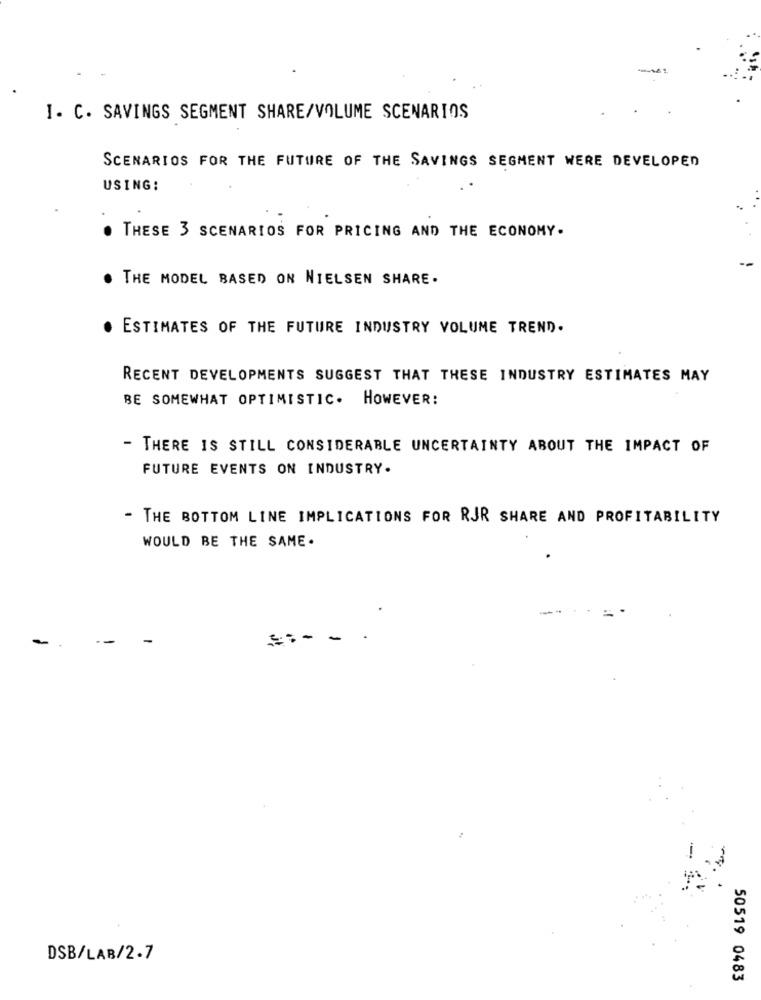
I. C. SAVINGS SEGMENT SHARE/VOLUME SCENARIOS
SCENARIOS FOR THE FUTURE OF THE SAVINGS SEGMENT WERE DEVELOPED
USING:
THESE 3 SCENARIOS FOR PRICING AND THE ECONOMY.
. THE MODEL BASED ON NIELSEN SHARE.
. ESTIMATES OF THE FUTURE INDUSTRY VOLUME TREND.
RECENT DEVELOPMENTS SUGGEST THAT THESE INDUSTRY ESTIMATES MAY
BE SOMEWHAT OPTIMISTIC. HOWEVER:
- THERE IS STILL CONSIDERABLE UNCERTAINTY ABOUT THE IMPACT OF
FUTURE EVENTS ON INDUSTRY.
- THE BOTTOM LINE IMPLICATIONS FOR RJR SHARE AND PROFITABILITY
WOULD BE THE SAME .
-
DSB/LAB/2.7
50519 0483